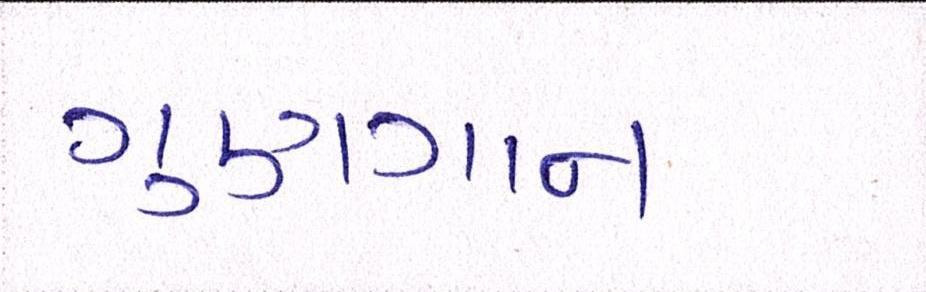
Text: ગુણગાન